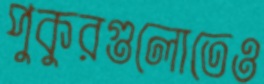
পুকুরগুলোতেও